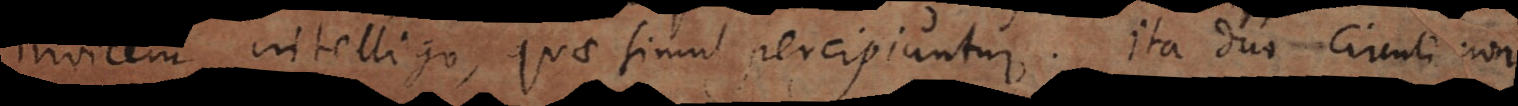
invicem intelligo, quae simul percipiuntur. Ita duo circuli non